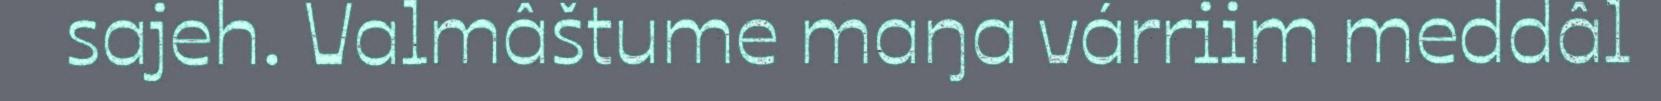
sajeh. Valmâštume maŋa várriim meddâl